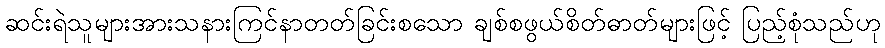
ဆင်းရဲသူများအားသနားကြင်နာတတ်ခြင်းစသော ချစ်စဖွယ်စိတ်ဓာတ်များဖြင့် ပြည့်စုံသည်ဟု